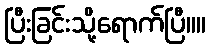
ပြီးခြင်းသို့ရောက်ပြီ။။